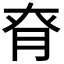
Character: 𦚉